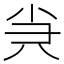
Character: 𡭩